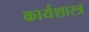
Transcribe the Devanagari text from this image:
कार्यशास्त्र